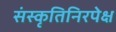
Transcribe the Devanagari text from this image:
संस्कृतिनिरपेक्ष